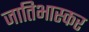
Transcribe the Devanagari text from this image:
जातिभास्कर